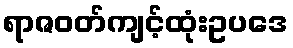
ရာဇဝတ်ကျင့်ထုံးဥပဒေ